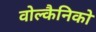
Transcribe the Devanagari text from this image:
वोल्कैनिको